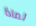
لماذا